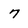
Character: 7